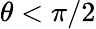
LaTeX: \theta<\pi/2